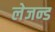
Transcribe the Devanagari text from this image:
लेजन्ड